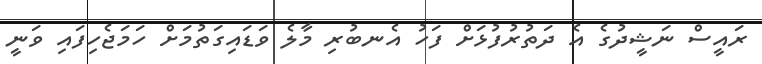
ރައީސް ނަޝީދުގެ އެ ދަތުރުފުޅަށް ފަހު އެނބުރި މާލެ ވަޑައިގަތުމަށް ހަމަޖެހިފައި ވަނީ